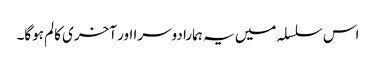
اس سلسلہ میں یہ ہمارا دوسرا اور آخری کالم ہوگا۔